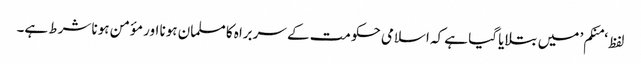
لفظ ‘منکم’ میں بتلایا گیا ہے کہ اسلامی حکومت کے سربراہ کا مسلمان ہونا اور مؤمن ہونا شرط ہے۔